Calcutta medical institutions reports 1879-81 [i.e.91]
Year: 1879
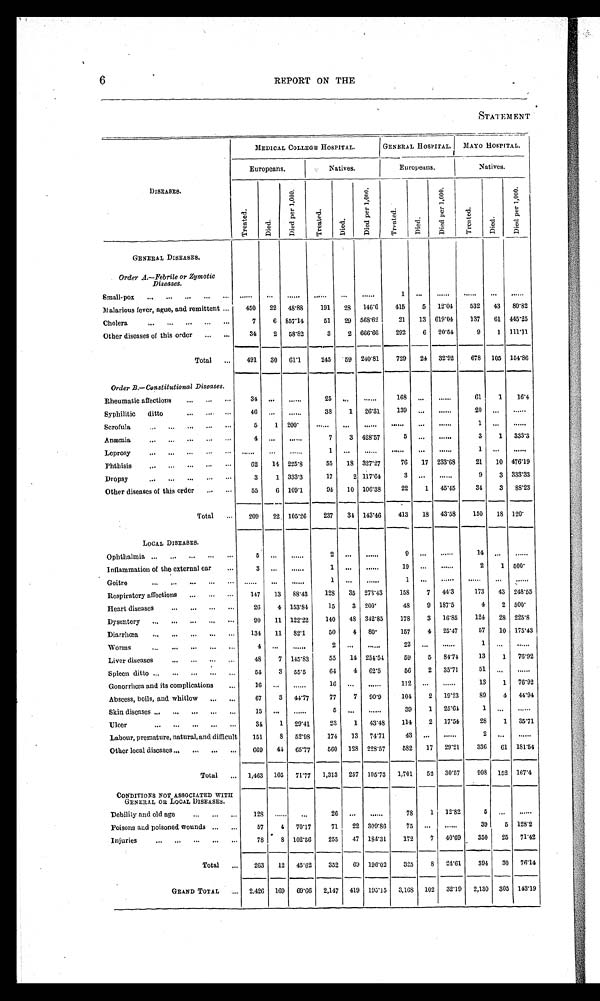
6
REPORT ON THE
DISEASES.
MEDICAL COLLEGE HOSPITAL.
GENERAL HOSPITAL.
MAYO HOSPITAL.
Europeans.
Natives.
Europeans.
Natives.
Treat ed.
Died.
Di e d p e r 1 , 0 0 0 .
Treat ed.
Died.
Di e d p e r 1 , 0 0 0 .
Treated.
Died.
Di e d p e r 1 , 0 0 0 .
Treat ed.
Died.
Di e d pe r 1, 000.
GENERAL DISEASES.
Order A.—Febrile or Zymotic
Diseases.
Small-pox
...
...
...
...
...
...
1 ...
...
...
...
...
Malarious fever, ague, and remittent
450
22
48.88
191
28
146.6
415
5
12.04
532
43
80.82
Cholera
7
6 857.14
51
29 568.62
21
13 619.04
137
61 445.25
Other diseases of this order
34
2
58.82
3
2 666.66
292
6
20.54
9
1 111.11
Total
491
30
61.1
245
59 240.81
729
24
32.92
678
105 154.86
Order B.—Constitutional Diseases.
Rheumatic affections
31
. . .
...
25
. . .
...
168
. . .
...
61
1
16.4
Syphilitic ditto
46
...
...
38
1
26.31
139
...
...
20
. . .
...
Scrofula
5
1
200.
. . .
... ...
...
...
...
1
. . .
...
Anæmia
4
. . .
...
7
3 128.57
5
. . .
...
3
1
333.3
Leprosy
. . .
. . .
...
1
...
...
...
...
...
1
...
...
Phthisis
62
14 225.8
55
18 327.27
76
17 233.68
21
10 476.19
Dropsy
3
1
333.3
17
2 117.64
3
...
...
9
3 333.33
Other diseases of this order
55
6 109.1
9 4
10 106.38
22
1
45.45
34
3
88.23
Total
209
22 105.26
237
34 143.46
413
18
-
43.58
150
18 120.
LOCAL DISEASES.
O p h th al m i a
5
...
...
2
. . .
...
9
...
...
14
...
...
Inflammation of the external ear
3
...
...
1
. . .
...
19
...
...
2
1 500.
Goitre
. . .
...
...
1 ...
...
1 ...
...
...
...
...
Respiratory affections
147
13
88.43
128
35 273.43
158
7
44.3
173
43 248.55
Heart diseases
26
4 153.84
15
3 200.
48
9 187.5
4
2 500.
Dysentery
90
11 122.22
140
48 342.85
178
3
16.85
124
28 225.8
Diarrhœa
134
11
82.1
50
4
80.
157
4
25.47
57
10 175.43
Worms
4
. . .
...
2
...
...
22
. . .
...
1
. . .
...
Liver diseases
48
7 145.83
55
14 254.54
59
5
84.74
13
1
76.92
Spleen ditto
54
3
55.5
64
4
62.5
56
2
35.71
51
. . .
...
Gonorrhœa and its complications
16
...
...
16
...
...
112
...
...
13
1
76.92
Abscess, boils, and whitlow
67
3 44.77
77
7
90.9
104
2
19.23
89
4
44.94
Skin diseases
15
...
...
5
. . .
...
39
1
25.64
1
...
...
Ulcer
34
1
29.41
23
1
43.48
114
2
17.54
28
1
35.71
Labour, premature, natural, and difficult
151
8
52.98
174
13
74.71
43
...
...
2
...
...
Other local diseases
669
44
65.77
560
128 228.57
582
17
29.21
336
61
181.54
Total
1,463
105
71.77
1,313
257 195.73
1,701
52
30.57
908
152 167.4
CONDITIONS NOT ASSOCIATED WITH
GENERAL 0R LOCAL DISEASES.
-
Debility and old ago
128
...
. . .
26
...
...
78
1
12.82
5
...
...
Poisons and poisoned Wounds
57
4
70.17
71
22 309.86
75
...
...
39
5 128.2
Injuries
78
8 102.56
255
47 184.31
172
7
40.69
350
25
71.42
Total
263
12
45.62
352
69 196.02
325
8
24.61
394
30
76.14
GRAND TOTAL
2,426 169
691(0
2,147
419 195.15
3,168 102
32.19
2,130
305 143.19